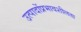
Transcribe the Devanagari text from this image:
उत्पादोंप्रभावशीलता